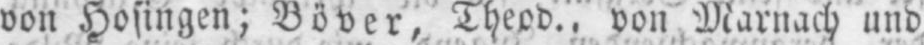
von Hosingen; Böver, Theod., von Marnach und